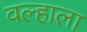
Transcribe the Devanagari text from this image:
वल्हाला